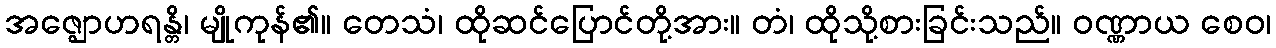
အဇ္ဈောဟရန္တိ၊ မျိုကုန်၏။ တေသံ၊ ထိုဆင်ပြောင်တို့အား။ တံ၊ ထိုသို့စားခြင်းသည်။ ဝဏ္ဏာယ စေဝ၊